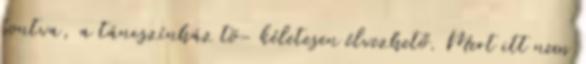
bontva, a táncszínház tö- kéletesen élvezhető. Mert itt nem